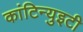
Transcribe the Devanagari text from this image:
कांटिन्युइटी